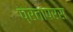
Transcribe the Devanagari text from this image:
प्रतापरस